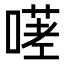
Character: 𭊋